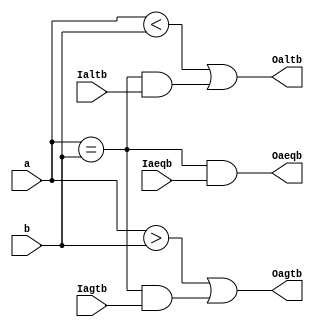
`timescale 1ns / 1ps

module Cascadable_Nbit_Comparator #(
    parameter N = 4
) (
    input wire              Iagtb,
    input wire              Iaeqb,
    input wire              Ialtb,
    input wire  [N-1:0]     a,
    input wire  [N-1:0]     b,
    output wire             Oagtb,
    output wire             Oaeqb,
    output wire             Oaltb
);
    // Assign equality comparison result to output
    assign Oaeqb = (a == b) && (Iaeqb == 1);                // When a == b and Iaeqb is 1

    // Assign greater than comparison result to output
    assign Oagtb = (a > b) || ((a == b) && (Iagtb == 1));   // When a > b or a == b and Iagtb is 1

    // Assign less than comparison result to output
    assign Oaltb = (a < b) || ((a == b) && (Ialtb == 1));   // When a < b or a == b and Ialtb is 1
    
endmodule